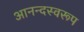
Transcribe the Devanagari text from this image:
आनन्दस्वरूप